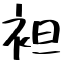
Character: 袒